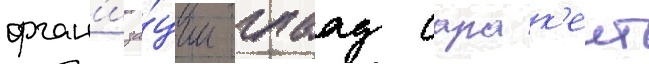
орган'иза́ции глаад сара к'еит